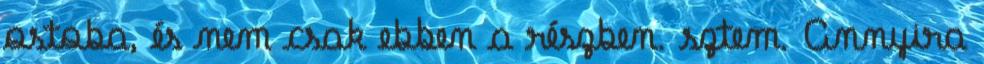
ostoba, és nem csak ebben a részben. sztem. Annyira